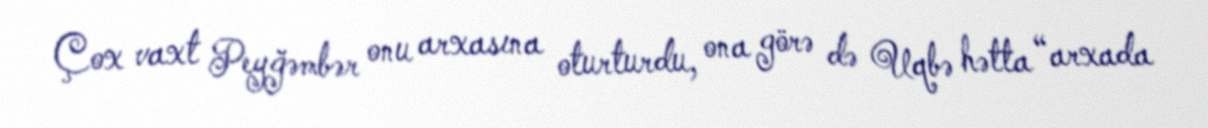
Çox vaxt Peyğəmbər onu arxasına oturturdu, ona görə də Uqbə hətta “arxada